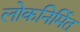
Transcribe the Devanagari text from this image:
लोकनिर्मित